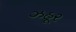
ઝહૂર